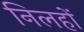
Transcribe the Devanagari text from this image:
निलहों